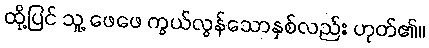
ထို့ပြင် သူ့ ဖေဖေ ကွယ်လွန်သောနှစ်လည်း ဟုတ်၏။